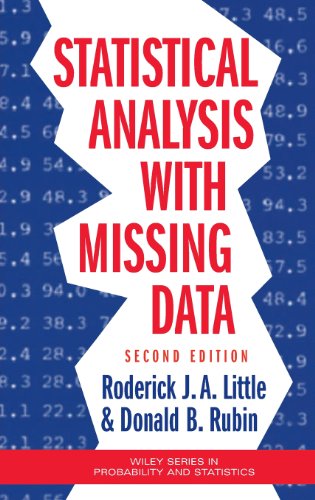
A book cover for Statistical Analysis with Missing Data; Roderick J. A. Little; Medical Books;